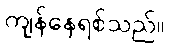
ကျန်နေရစ်သည်။